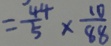
= \frac { 4 4 } { 5 } \times \frac { 1 0 } { 8 8 }